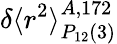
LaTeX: \delta\langle r^{2}\rangle_{P_{12}(3)}^{A,172}